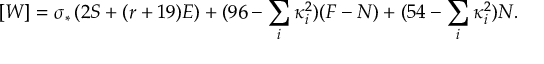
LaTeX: [ W ] = \sigma _ { * } \left( 2 S + ( r + 1 9 ) E \right) + ( 9 6 - \sum _ { i } \kappa _ { i } ^ { 2 } ) ( F - N ) + ( 5 4 - \sum _ { i } \kappa _ { i } ^ { 2 } ) N .